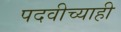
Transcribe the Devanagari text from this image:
पदवीच्याही